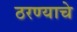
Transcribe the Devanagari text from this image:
ठरण्याचे